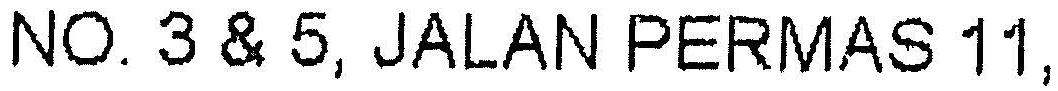
NO.3 & 5, JALAN PERMAS 11,